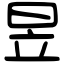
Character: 昱